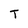
Character: T